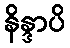
နိန္ဒာပိ